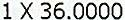
1 X 36.0000